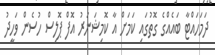
ދަަމަހައްޓާ ބައެއްގެ ގޮތުގައި ކަމަށް އާ ކޮމިޝަނަރު އޮފް ޕޮލިސް ހުސެން ވަހީދު